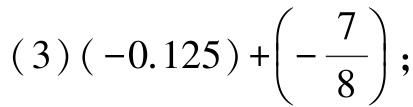
\((3)(-0.125)+\left(-\dfrac{7}{8}\right);\)